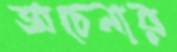
অচেনার